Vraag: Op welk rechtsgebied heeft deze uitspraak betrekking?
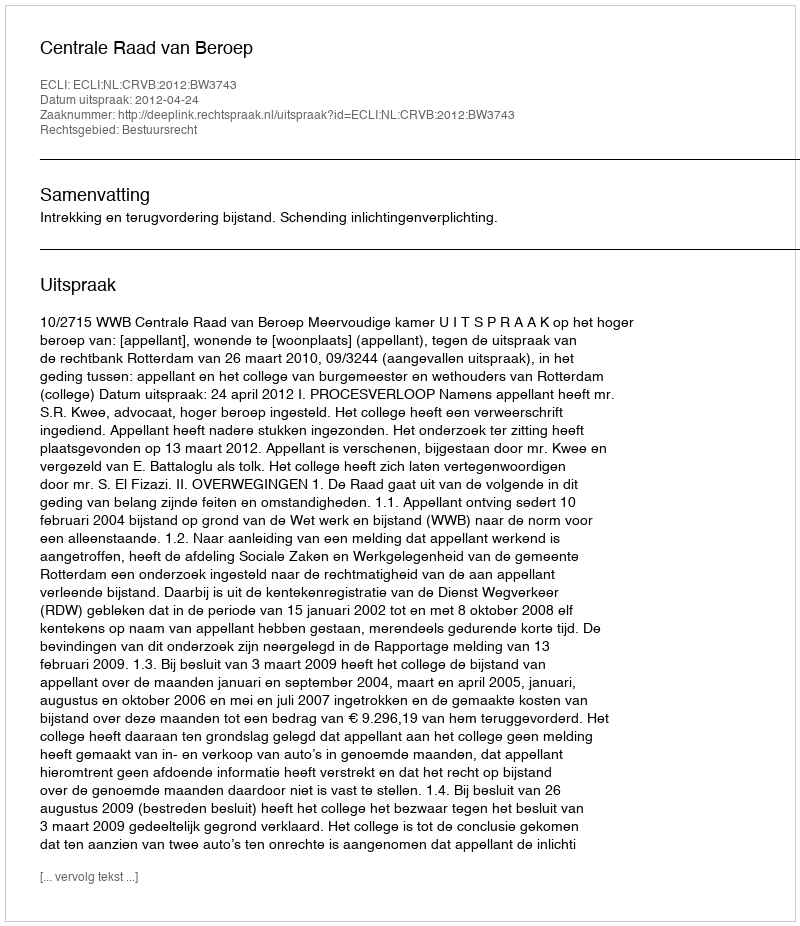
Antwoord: Bestuursrecht